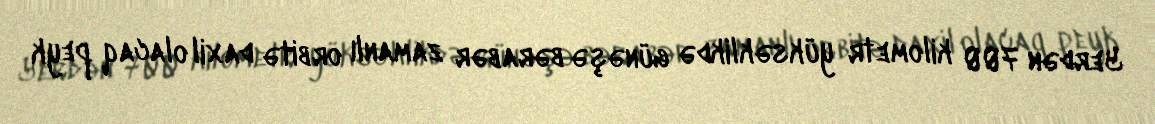
Yerdən 700 kilometr yüksəklikdə günəşə bərabər zamanlı orbitə daxil olacaq peyk